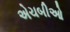
એચબીઓ